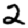
Digit: 2